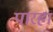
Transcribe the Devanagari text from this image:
पारहा